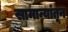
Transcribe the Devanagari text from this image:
सामान्यांतून